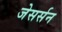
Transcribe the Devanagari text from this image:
जेसर्सन